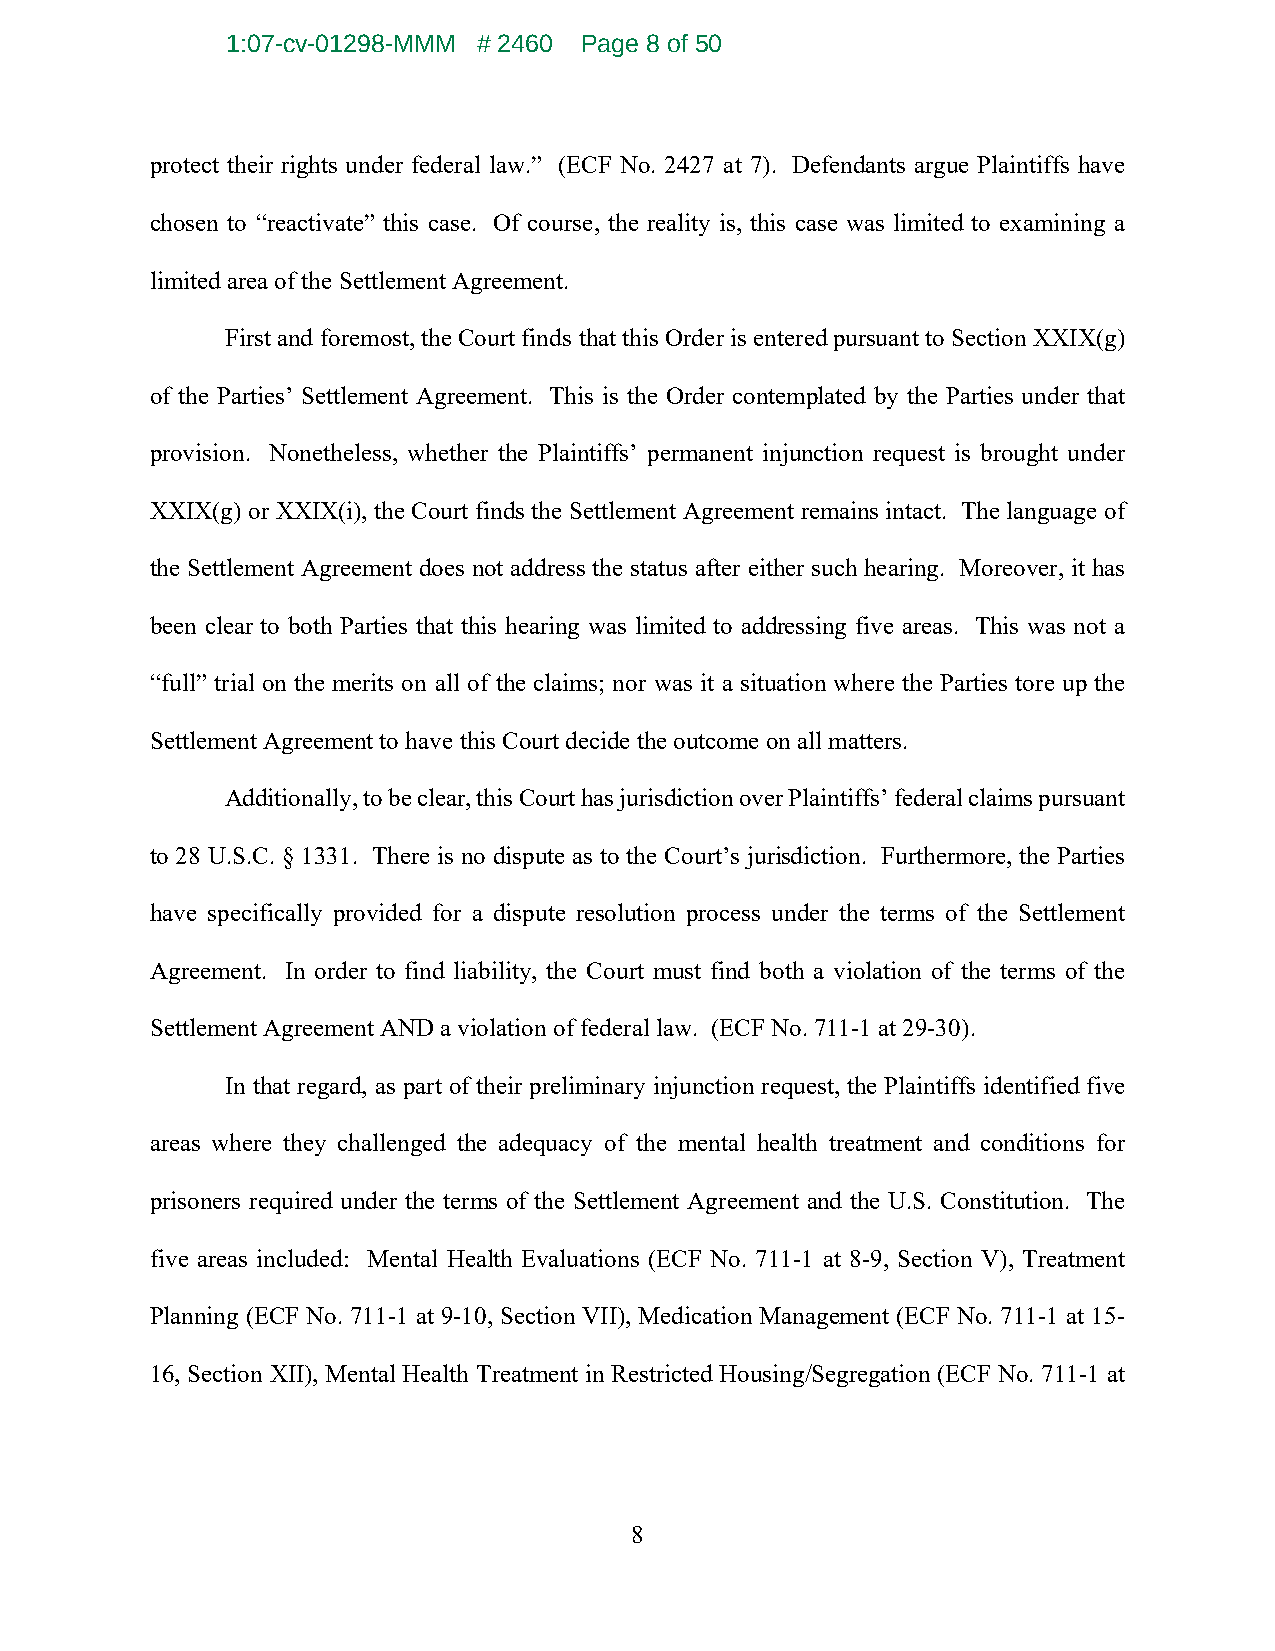
1:07-cv-01298-MMM # 2460 Page 8 of 50
 protect their rights under federal law.” (ECF No. 2427 at 7). Defendants argue Plaintiffs have
 chosen to “reactivate” this case. Of course, the reality is, this case was limited to examining a
 limited area of the Settlement Agreement.
 First and foremost, the Court finds that this Order is entered pursuant to Section XXIX(g)
 of the Parties’ Settlement Agreement. This is the Order contemplated by the Parties under that
 provision. Nonetheless, whether the Plaintiffs’ permanent injunction request is brought under
 XXIX(g) or XXIX(i), the Court finds the Settlement Agreement remains intact. The language of
 the Settlement Agreement does not address the status after either such hearing. Moreover, it has
 been clear to both Parties that this hearing was limited to addressing five areas. This was not a
 “full” trial on the merits on all of the claims; nor was it a situation where the Parties tore up the
 Settlement Agreement to have this Court decide the outcome on all matters.
 Additionally, to be clear, this Court has jurisdiction over Plaintiffs’ federal claims pursuant
 to 28 U.S.C. § 1331. There is no dispute as to the Court’s jurisdiction. Furthermore, the Parties
 have specifically provided for a dispute resolution process under the terms of the Settlement
 Agreement. In order to find liability, the Court must find both a violation of the terms of the
 Settlement Agreement AND a violation of federal law. (ECF No. 711-1 at 29-30).
 In that regard, as part of their preliminary injunction request, the Plaintiffs identified five
 areas where they challenged the adequacy of the mental health treatment and conditions for
 prisoners required under the terms of the Settlement Agreement and the U.S. Constitution. The
 five areas included: Mental Health Evaluations (ECF No. 711-1 at 8-9, Section V), Treatment
 Planning (ECF No. 711-1 at 9-10, Section VII), Medication Management (ECF No. 711-1 at 15-
 16, Section XII), Mental Health Treatment in Restricted Housing/Segregation (ECF No. 711-1 at
 8